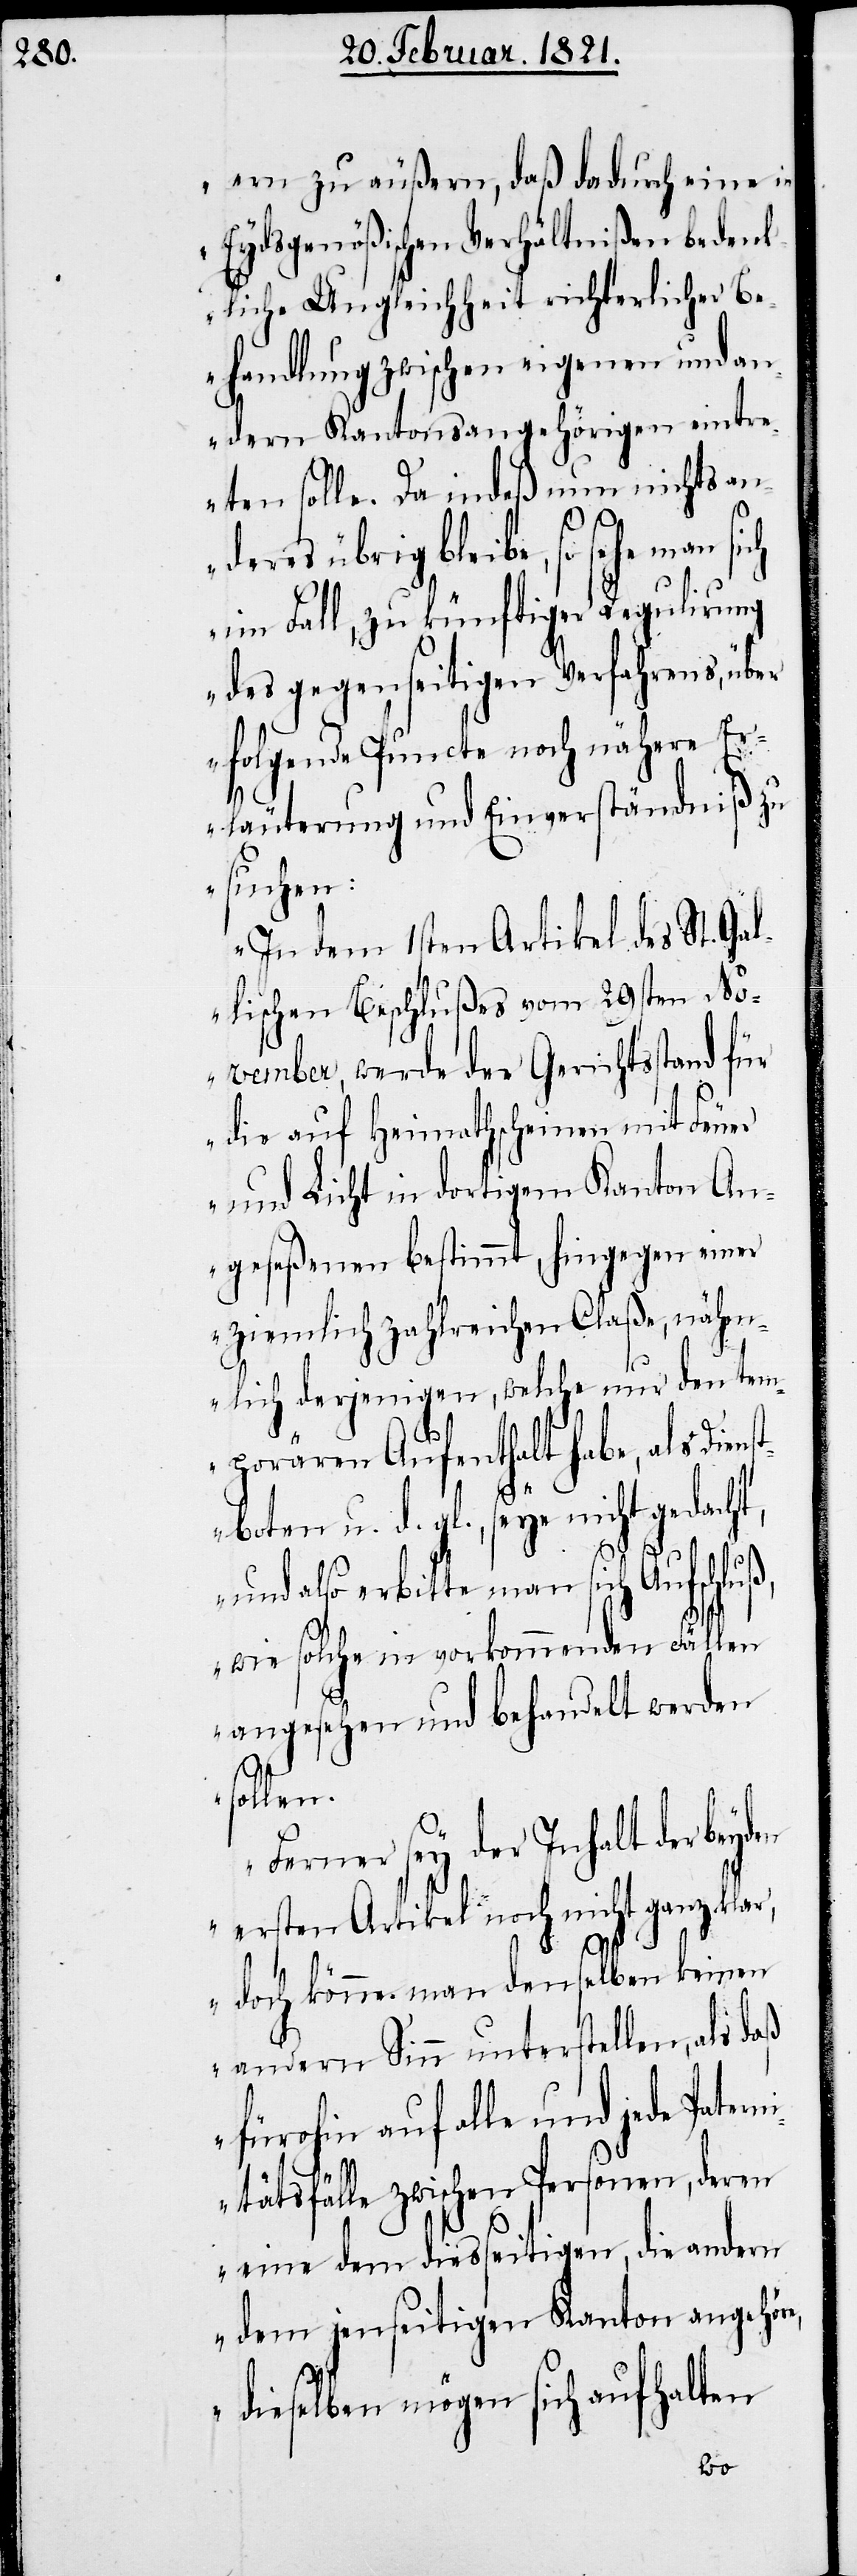
ern zu äußern, daß dadurch eine in
Eydsgenößischen Verhältnißen bedenk¬
liche Ungleichheit richterlicher Be¬
handlung zwischen eigenen und an¬
dern Kantonsangehörigen eintr¬
eten solle. Da indeß nun nichts and¬
Dienstboten u. d. gl.,
im Fall, zu künftiger Regulirung
des gegenseitigen Verfahrens, über
folgende Puncte noch nähere Er¬
läuterungen und Einverständniße zu
suchen:
In dem 1sten Artikel des St. Gal¬
lischen Beschlußes vom 29sten No¬
vember, werde der Gerichtsstand für
die auf Heimathscheinen mit Feuer
und Licht in dortigem Kanton An¬
geseßenen bestimmt, hingegen einer
ziemlich zahlreichen Claße, nähm¬
lich derjenigen, welche nur den tem¬
porären Aufenthalt habe, als
en,
und also erbitte man sich Aufschlu¬
wie solche in vorkommenden Fällen
angesehen und behandelt werden
sollen.
Ferner sey der Inhalt der beyd¬
en ersten Artikel noch nicht ganz klar,
doch könne man denselben keinen
andern Sinn unterstellen, als
fürohin auf alle und jede Pater¬
nitätsfälle zwischen Personen, deren
eine dem diesseitigen, die andern
dem jenseitigen Kanton angehör¬
dieselben mögen sich aufhalten